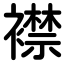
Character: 襟